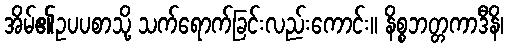
အိမ်၏ဥပပစာသို့ သက်ရောက်ခြင်းလည်းကောင်း။ နိစ္စဘတ္တကာဒီနိ၊